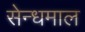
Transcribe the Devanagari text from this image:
सेन्धमाल